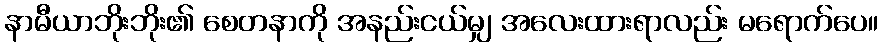
နာမီယာဘိုးဘိုး၏ စေတနာကို အနည်းငယ်မျှ အလေးထားရာလည်း မရောက်ပေ။